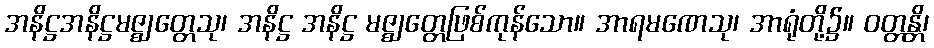
အနိဋ္ဌအနိဋ္ဌမဇ္ဈတ္တေသု၊ အနိဋ္ဌ အနိဋ္ဌ မဇ္ဈတ္တေဖြစ်ကုန်သော။ အာရမဏေသု၊ အာရုံတို့၌။ ဝတ္တန္တိ၊